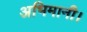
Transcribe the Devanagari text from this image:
अभिमानी।